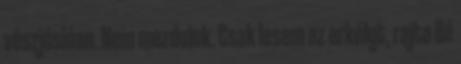
vészjóslóan. Nem mozdulok. Csak lesem az erkélyt, rajta Bé